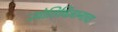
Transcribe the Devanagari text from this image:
ज्योतिर्विज्ञानाचा